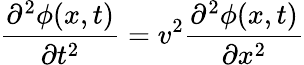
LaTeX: \frac{\partial^{2}\phi(x,t)}{\partial t^{2}}=v^{2}\frac{\partial^{2}\phi(x,t)}{\partial x^{2}}